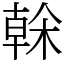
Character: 榦